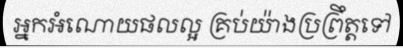
អ្នកអំណោយផលល្អ គ្រប់យ៉ាងប្រព្រឹត្តទៅ